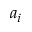
a _ { i }